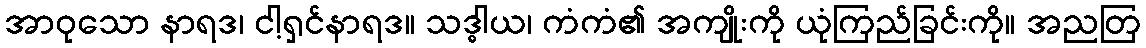
အာဝုသော နာရဒ၊ ငါ့ရှင်နာရဒ။ သဒ္ဓါယ၊ ကံကံ၏ အကျိုးကို ယုံကြည်ခြင်းကို။ အညတြ